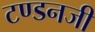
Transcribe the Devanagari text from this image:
टण्डनजी